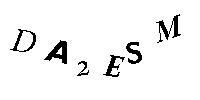
DA2ESM